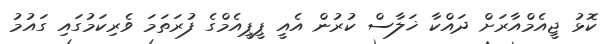
ކޮޅު ޖީއެމްއާރަށް ދައްކާ ޚަލާސް ކުރުން އެއީ ޕީޕީއެމްގެ ފުރަތަމަ ވެރިކަމުގައި ގައުމު